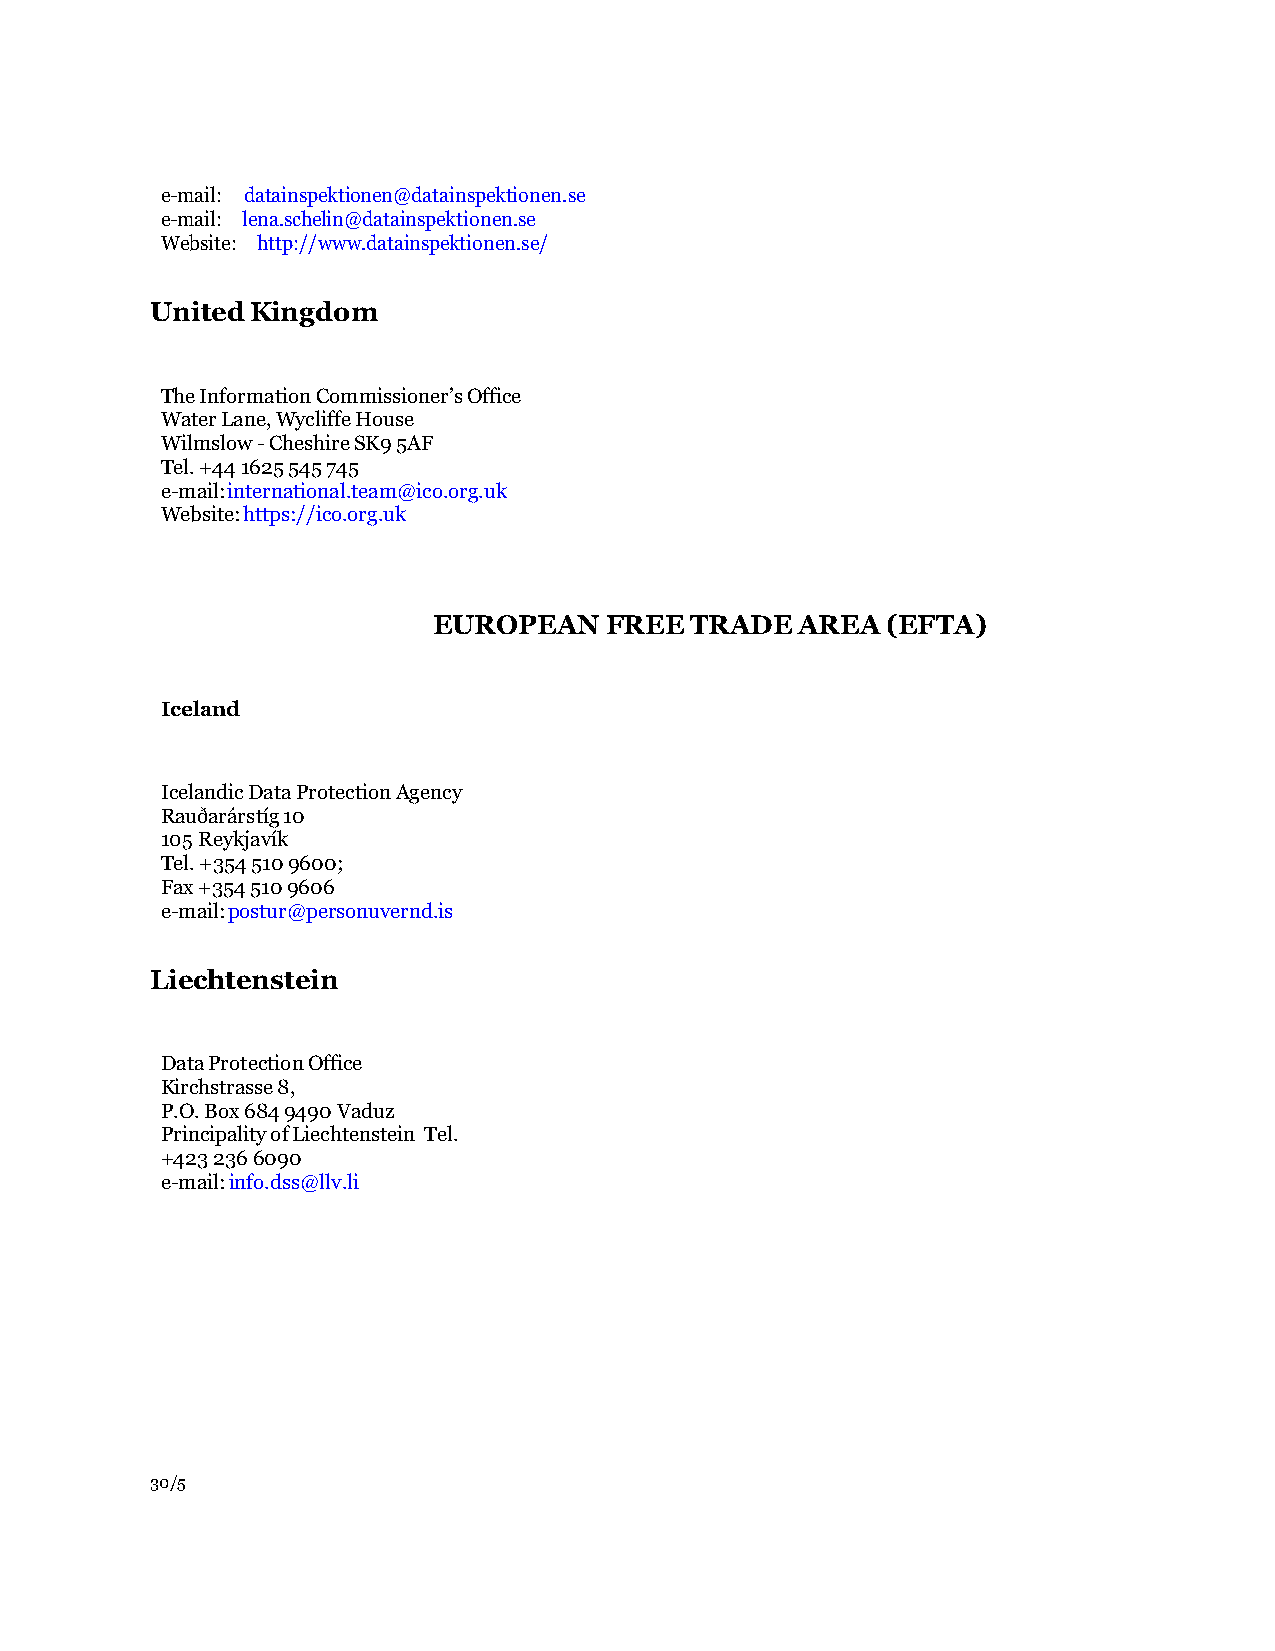
e-mail: datainspektionen@datainspektionen.se
 e-mail: lena.schelin@datainspektionen.se
 Website: http://www.datainspektionen.se/
 United Kingdom
 The Information Commissioner’s Office
 Water Lane, Wycliffe House
 Wilmslow - Cheshire SK9 5AF
 Tel. +44 1625 545 745
 e-mail: international.team@ico.org.uk
 Website: https://ico.org.uk
 EUROPEAN   FREE  TRADE  AREA  (EFTA)
 Iceland
 Icelandic Data Protection Agency
 Rauðarárstíg 10
 105 Reykjavík
 Tel. +354 510 9600;
 Fax +354 510 9606
 e-mail: postur@personuvernd.is
 Liechtenstein
 Data Protection Office
 Kirchstrasse 8,
 P.O. Box 684 9490 Vaduz
 Principality of Liechtenstein Tel.
 +423 236 6090
 e-mail: info.dss@llv.li
 30/5